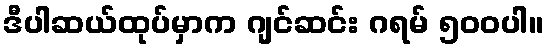
ဒီပါဆယ်ထုပ်မှာက ဂျင်ဆင်း ဂရမ် ၅၀၀ပါ။